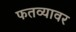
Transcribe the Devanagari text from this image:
फतव्यावर